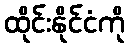
ထိုင်းနိုင်ငံကို